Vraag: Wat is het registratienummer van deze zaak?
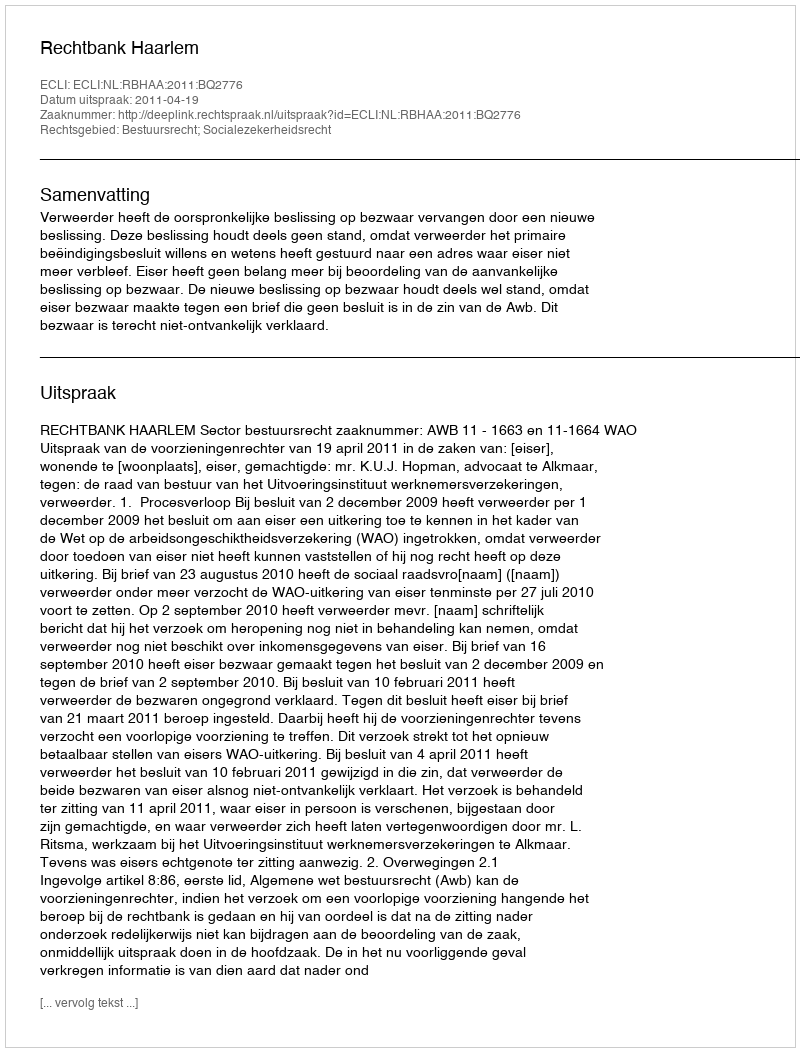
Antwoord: http://deeplink.rechtspraak.nl/uitspraak?id=ECLI:NL:RBHAA:2011:BQ2776